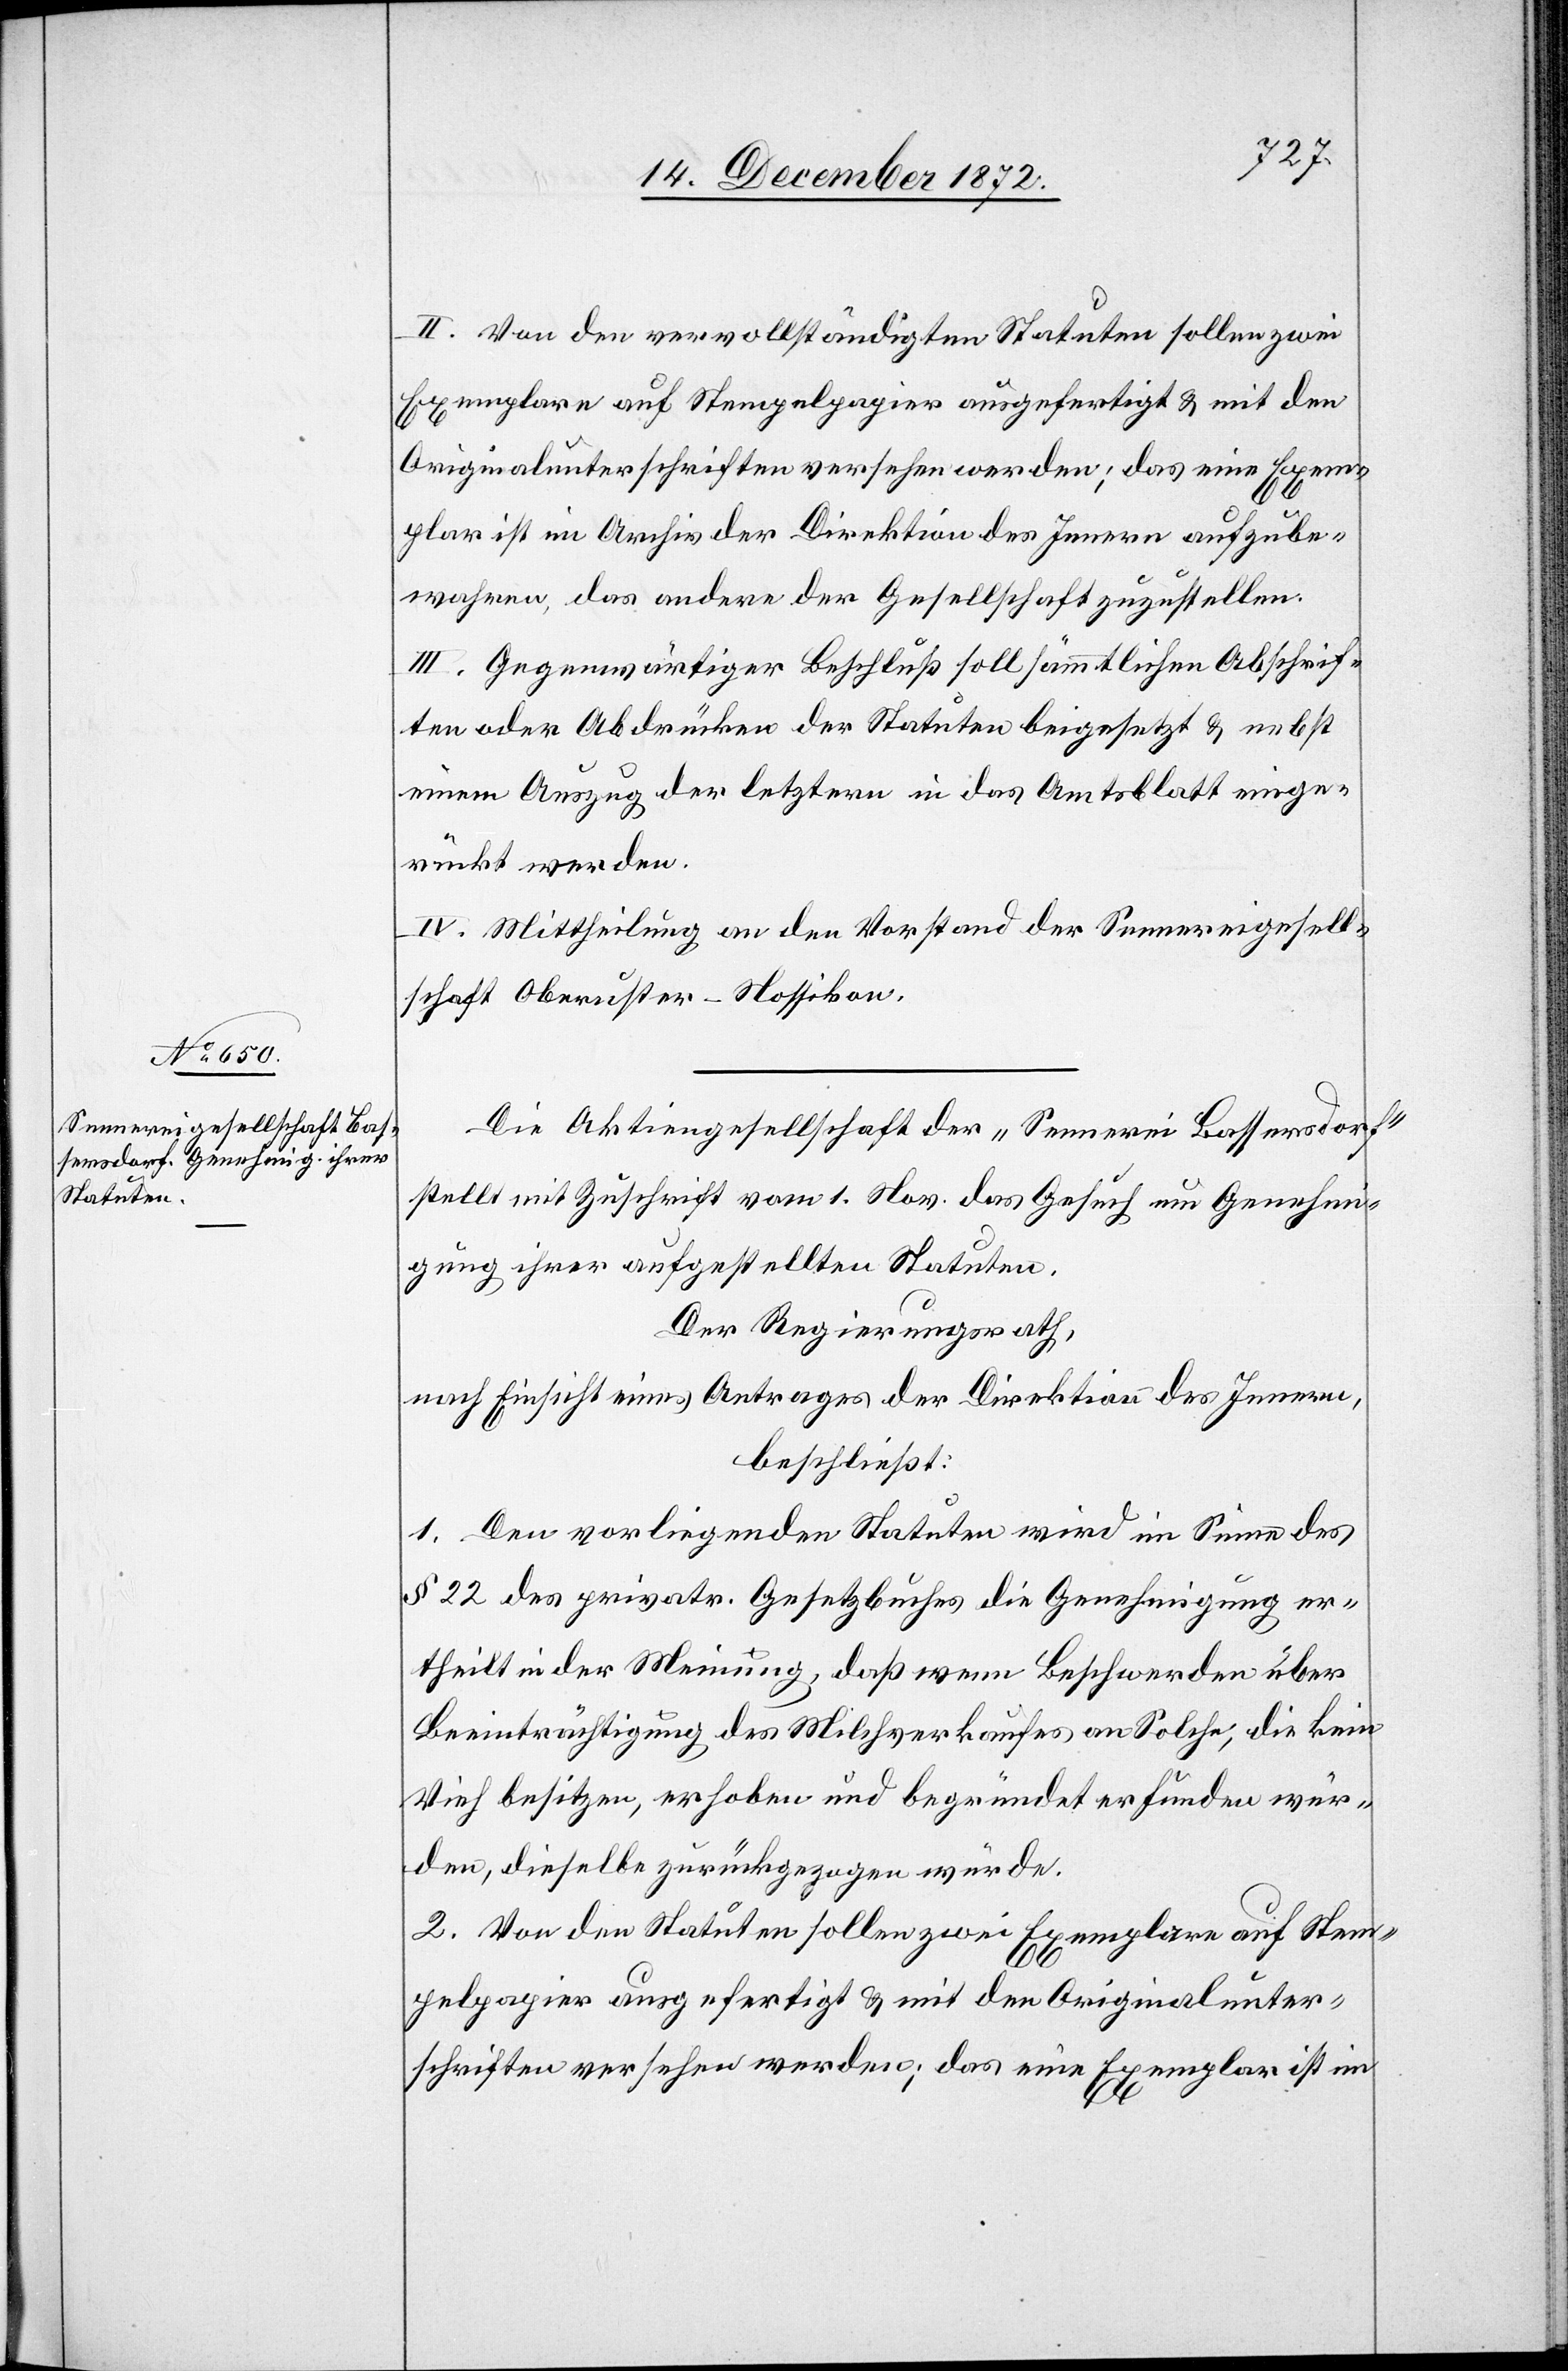
II. Von den vervollständigten Statuten sollen zwei
Exemplare auf Stempelpapier ausgefertigt u. mit den
Originalunterschriften versehen werden; das eine Exem¬
plar ist im Archiv der Direktion des Innern aufzube¬
wahren, das andere der Gesellschaft zuzustellen.
III. Gegenwärtiger Beschluß soll sämmtlichen Abschrif¬
ten oder Abdrücken der Statuten beigesetzt u. nebst
einem Auszug der letztern in das Amtsblatt einge¬
rückt werden.
IV. Mittheilung an den Vorstand der Sennereigesell¬
schaft Oberuster-Nossikon.
Die Aktiengesellschaft der „Sennerei Bassersdorf“
stellt mit Zuschrift vom 1. Nov. das Gesuch um Genehmi¬
gung ihrer aufgestellten Statuten.
Der Regierungsrath,
nach Einsicht eines Antrages der Direktion des Innern,
beschließt:
1. Den vorliegenden Statuten wird im Sinne des
§ 22 des privatr. Gesetzbuches die Genehmigung er¬
theilt in der Meinung, daß wenn Beschwerden über
Beeinträchtigung des Milchverkaufes an Solche, die kein
Vieh besitzen, erhoben und begründet erfunden wur¬
den, dieselbe zurückgezogen würde.
2. Von den Statuten sollen zwei Exemplare auf Stem¬
pelpapier ausgefertigt u. mit den Originalunter¬
schriften versehen werden; das eine Exemplar ist im